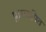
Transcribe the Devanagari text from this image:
प्रास्तापित